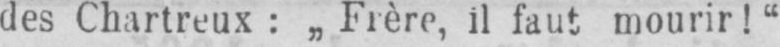
il faut mourir!“